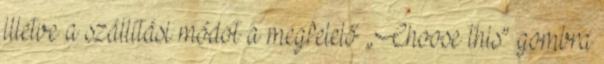
illetve a szállítási módot a megfelelő „Choose this” gombra